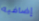
إضافيه